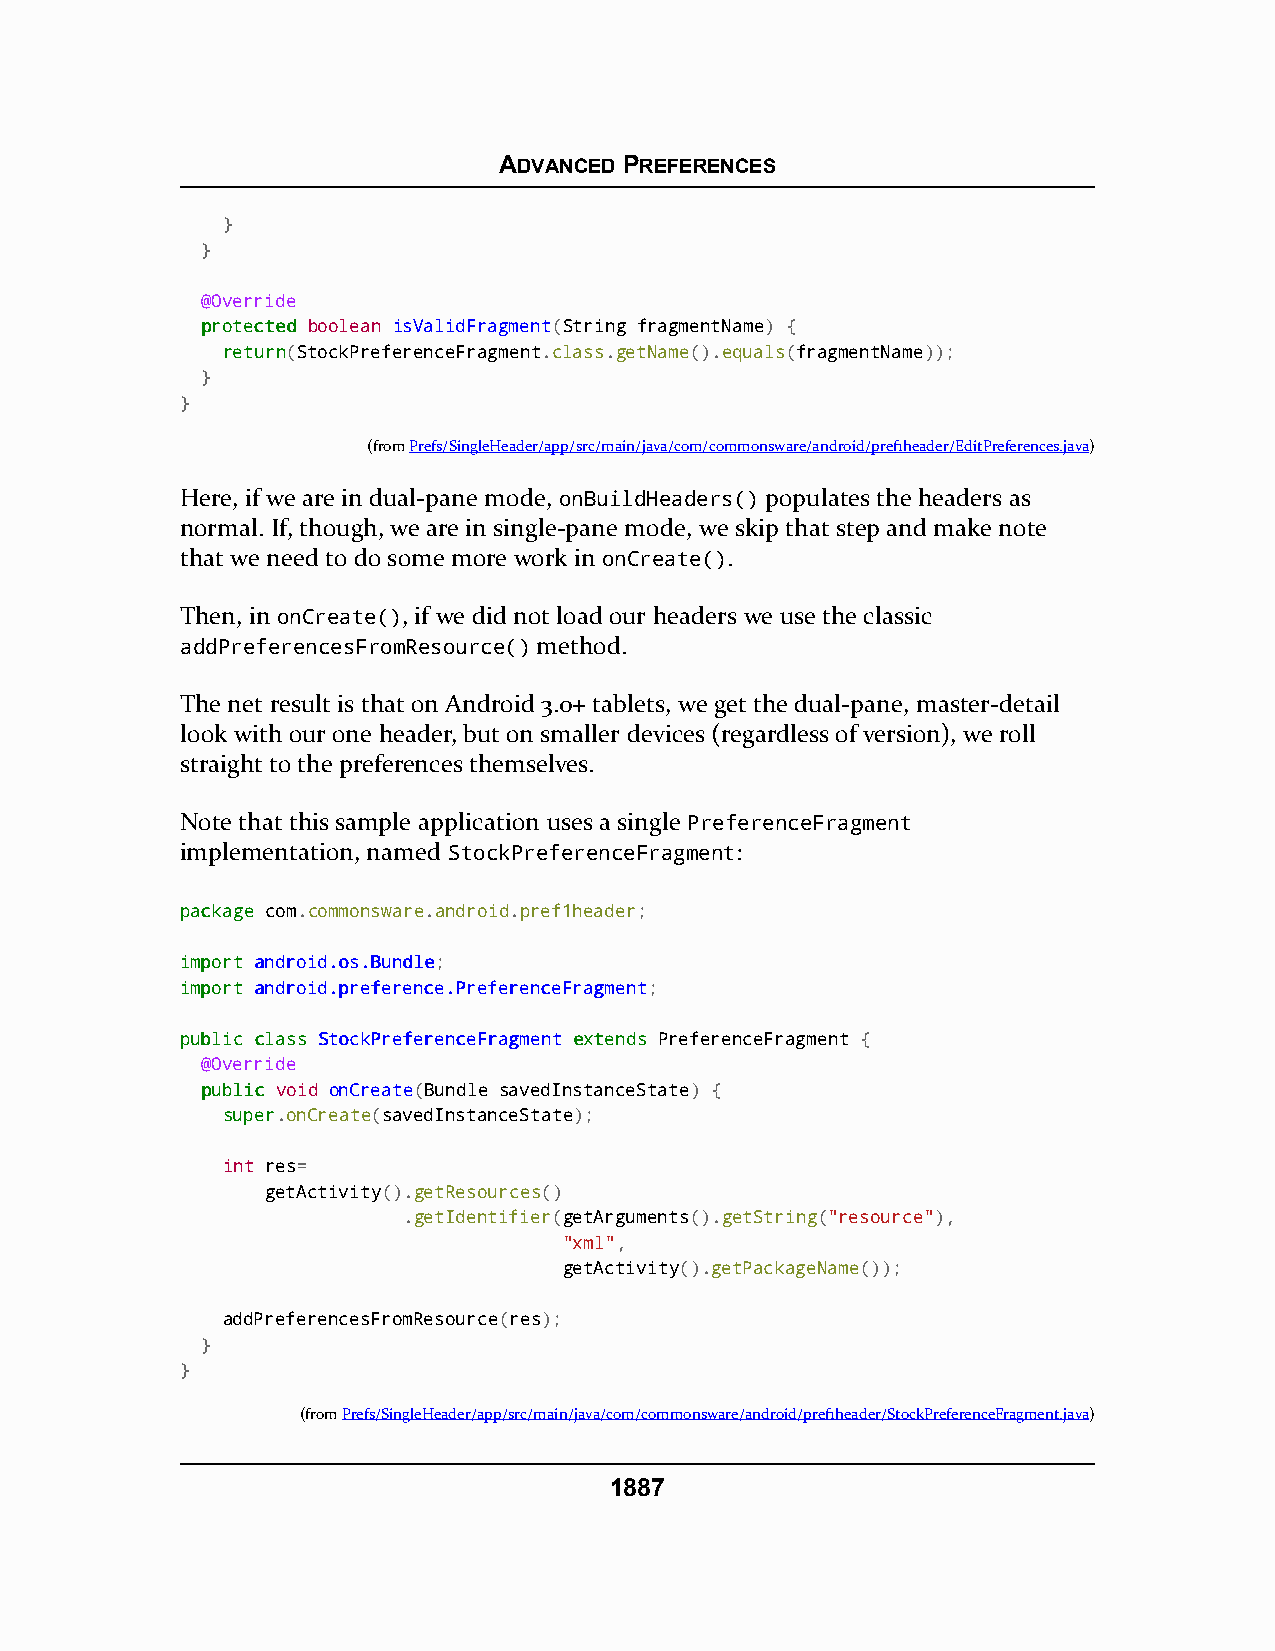
ADVANCED PREFERENCES
 }
 }
 @Override
 pprrootteecctteedd boolean isValidFragment(String fragmentName) {
 rreettuurrnn(StockPreferenceFragment.class.getName().equals(fragmentName));
 }
 }
 (fromPrefs/SingleHeader/app/src/main/java/com/commonsware/android/pref1header/EditPreferences.java)
 Here, if we are in dual-pane mode, onBuildHeaders() populates the headers as
 normal. If, though, we are in single-pane mode, we skip that step and make note
 that we need to do some more work in onCreate().
 Then, in onCreate(), if we did not load our headers we use the classic
 addPreferencesFromResource() method.
 The net result is that on Android 3.0+ tablets, we get the dual-pane, master-detail
 look with our one header, but on smaller devices (regardless of version), we roll
 straight to the preferences themselves.
 Note that this sample application uses a single PreferenceFragment
 implementation, named StockPreferenceFragment:
 ppaacckkaaggee com.commonsware.android.pref1header;
 iimmppoorrtt aannddrrooiidd..ooss..BBuunnddllee;
 iimmppoorrtt aannddrrooiidd..pprreeffeerreennccee..PPrreeffeerreenncceeFFrraaggmmeenntt;
 ppuubblliicc ccllaassss SSttoocckkPPrreeffeerreenncceeFFrraaggmmeenntt eexxtteennddss PreferenceFragment {
 @Override
 ppuubblliicc void onCreate(Bundle savedInstanceState) {
 ssuuppeerr.onCreate(savedInstanceState);
 int res=
 getActivity().getResources()
 .getIdentifier(getArguments().getString("resource"),
 "xml",
 getActivity().getPackageName());
 addPreferencesFromResource(res);
 }
 }
 (fromPrefs/SingleHeader/app/src/main/java/com/commonsware/android/pref1header/StockPreferenceFragment.java)
 1887